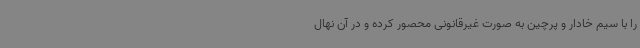
را با سیم خادار و پرچین به صورت غیرقانونی محصور کرده و در آن نهال